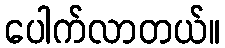
ပေါက်လာတယ်။